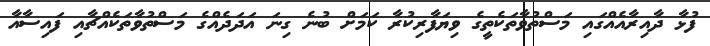
ފުޅާ ދާއިރާއެއްގައި މަސްތުވާތަކެތީގެ ވިޔަފާރިކުރާ ކަމަށް ބުނެ ގިނަ އަދަދެއްގެ މަސްތުވާތަކެއްޗާއި ފައިސާއާ